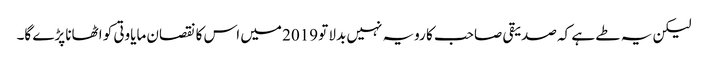
لیکن یہ طے ہے کہ صدیقی صاحب کا رویہ نہیں بدلا تو 2019 میں اس کا نقصان مایاوتی کو اٹھانا پڑے گا۔